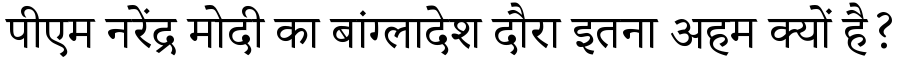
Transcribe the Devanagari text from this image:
पीएम नरेंद्र मोदी का बांग्लादेश दौरा इतना अहम क्यों है?